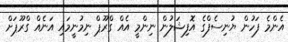
އެންމެ ފަހުން ޔުނިސެފްގެ އޮފިޝަލުން ނިންމީ އެއް ގްރޫޕް ނިމުނީމައި އަނެއް ގްރޫޕަށް